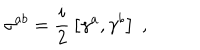
LaTeX: \sigma ^ { a b } = \frac { i } { 2 } \, \left[ \gamma ^ { a } , \gamma ^ { b } \right] \; ,